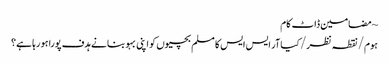
~ مضامین ڈاٹ کام
ہوم/نقطہ نظر/کیا آر ایس ایس کا مسلم بچیوں کو اپنی بہو بنانے ہدف پورا ہو رہا ہے؟